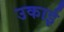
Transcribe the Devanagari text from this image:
उकाई